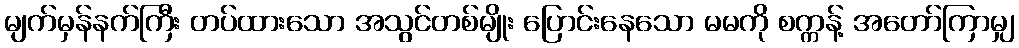
မျက်မှန်နက်ကြီး တပ်ထားသော အသွင်တစ်မျိုး ပြောင်းနေသော မမကို စက္ကန့် အတော်ကြာမျှ